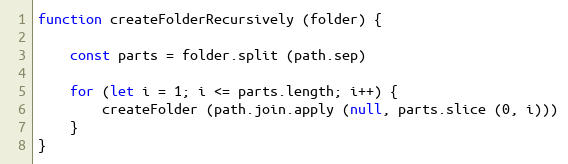
Language: JavaScript
function createFolderRecursively (folder) {

    const parts = folder.split (path.sep)

    for (let i = 1; i <= parts.length; i++) {
        createFolder (path.join.apply (null, parts.slice (0, i)))
    }
}